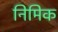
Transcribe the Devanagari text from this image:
निमिक